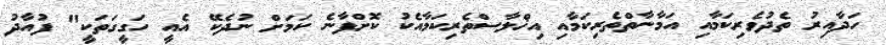
ހަދާއިރު ތެދުވެރިކަމާއި އަމާނާތްތެރިކަމާއި އިޚްލާސްތެރިކަމާއެކު ކޮށްފާނެ ކަމަށް ނުދެކޭ އެއީ ހަގީގަތަކީ" ފުއާދު